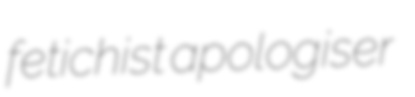
fetichist apologiser